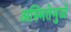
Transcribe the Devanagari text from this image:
अस्मितेमुळे